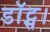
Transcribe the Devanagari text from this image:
डॉट्स।